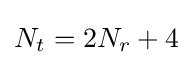
N_{t}=2N_{r}+4